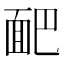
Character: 𩈆